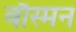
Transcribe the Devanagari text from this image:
बौस्मन